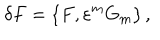
LaTeX: \delta F = \{ F , \varepsilon ^ { m } G _ { m } \} \, ,